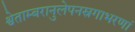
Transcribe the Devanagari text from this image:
श्वेताम्बरानुलेपनस्रगाभरणां